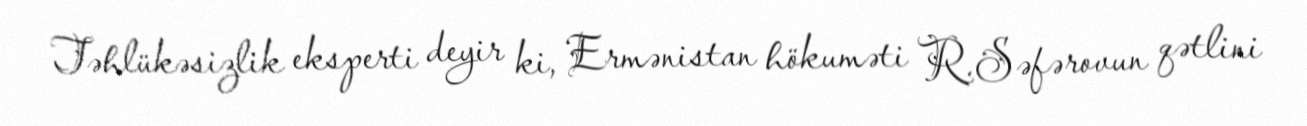
Təhlükəsizlik eksperti deyir ki, Ermənistan hökuməti R.Səfərovun qətlini